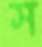
স